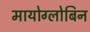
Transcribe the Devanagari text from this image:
मायोग्लोबिन